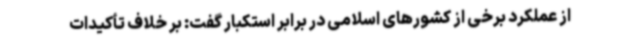
از عملکرد برخی از کشورهای اسلامی در برابر استکبار گفت: بر خلاف تأکیدات